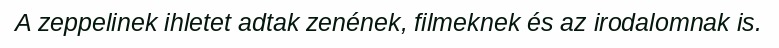
A zeppelinek ihletet adtak zenének, filmeknek és az irodalomnak is.